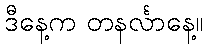
ဒီနေ့က တနင်္လာနေ့။